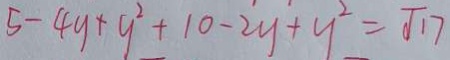
5 - 4 y + y ^ { 2 } + 1 0 - 2 y + y ^ { 2 } = \sqrt { 1 7 }